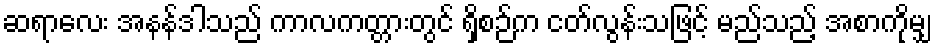
ဆရာလေး အနန်ဒါသည် ကာလကတ္တားတွင် ရှိစဉ်က ငတ်လွန်းသဖြင့် မည်သည့် အစာကိုမျှ